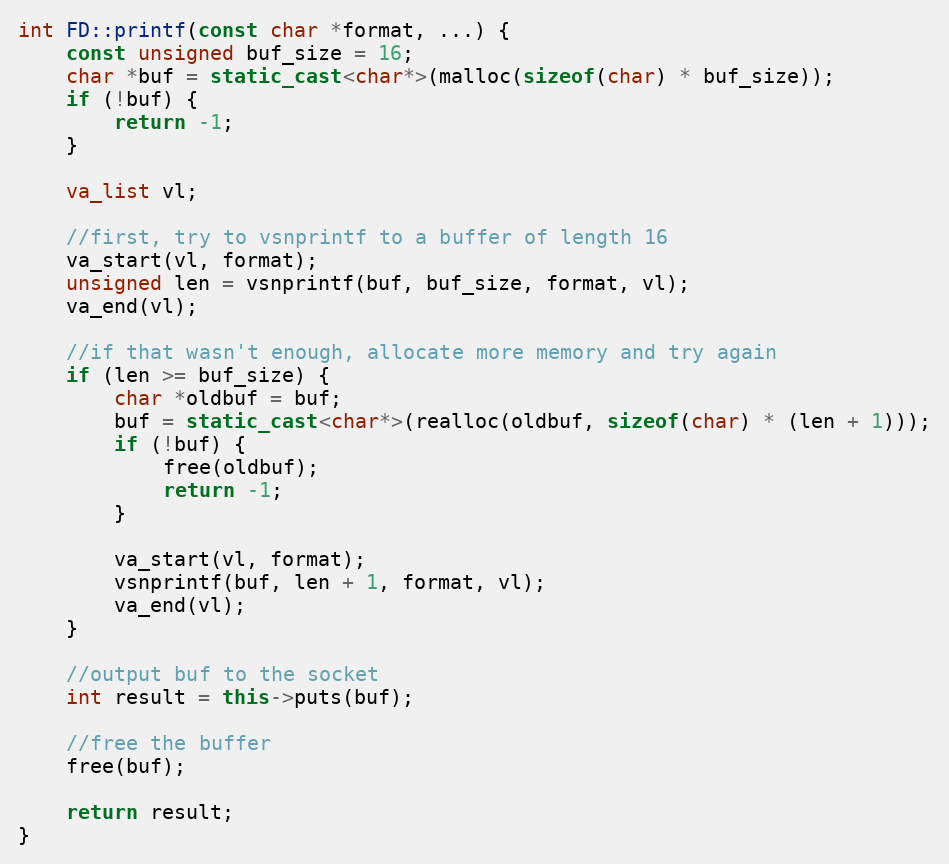
Language: C++
int FD::printf(const char *format, ...) {
	const unsigned buf_size = 16;
	char *buf = static_cast<char*>(malloc(sizeof(char) * buf_size));
	if (!buf) {
		return -1;
	}

	va_list vl;

	//first, try to vsnprintf to a buffer of length 16
	va_start(vl, format);
	unsigned len = vsnprintf(buf, buf_size, format, vl);
	va_end(vl);

	//if that wasn't enough, allocate more memory and try again
	if (len >= buf_size) {
		char *oldbuf = buf;
		buf = static_cast<char*>(realloc(oldbuf, sizeof(char) * (len + 1)));
		if (!buf) {
			free(oldbuf);
			return -1;
		}

		va_start(vl, format);
		vsnprintf(buf, len + 1, format, vl);
		va_end(vl);
	}

	//output buf to the socket
	int result = this->puts(buf);

	//free the buffer
	free(buf);

	return result;
}